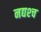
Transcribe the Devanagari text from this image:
नद्यश्‍च